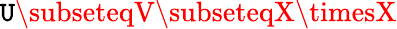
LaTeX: \mathtt{U}\subseteqV\subseteqX\timesX